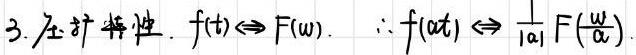
3. 压扩特性. $f(t)\Leftrightarrow F(\omega).\ \therefore f(at)\Leftrightarrow \frac{1}{|a|}F(\frac{\omega}{a}).$